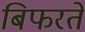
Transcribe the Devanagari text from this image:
बिफरते